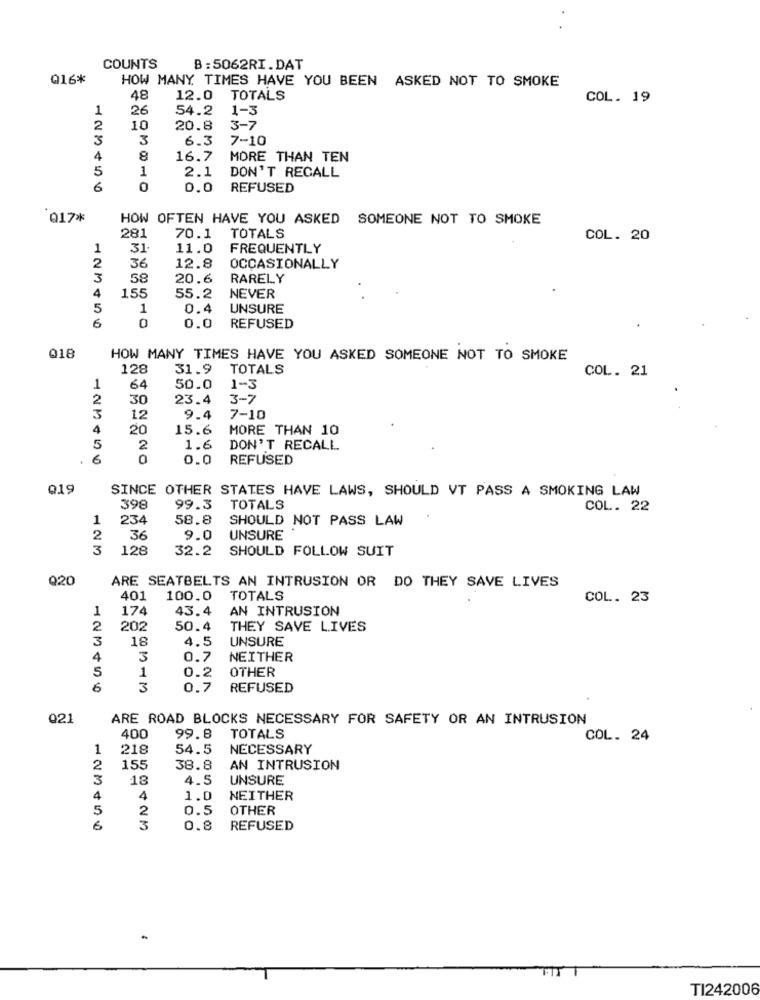
COUNTS
B: 5062RI.DAT
Q16*
HOW MANY TIMES HAVE YOU BEEN ASKED NOT TO SMOKE
48
12.0
TOTALS
COL. 19
1
26
54.2
1-3
2
10
20.8
3-7
3
3
6.3
7-10
4
8
16.7
MORE THAN TEN
5
1
2.1
DON'T RECALL
6
0
0.0
REFUSED
017*
HOW OFTEN HAVE YOU ASKED SOMEONE NOT TO SMOKE
281
70.1
TOTALS
COL. 20
1
31
11.0
FREQUENTLY
2
36
12.8
OCCASIONALLY
3
58
20.6
RARELY
155
4
55.2
NEVER
5
1
0.4
UNSURE
6
0
0.0
REFUSED
Q18
HOW MANY TIMES HAVE YOU ASKED SOMEONE NOT TO SMOKE
128
31.9
TOTALS
COL. 21
1
64
50.0
1-3
2
30
23.4
3-7
3
12
9.4
7-10
4
20
15.6
MORE THAN 10
5
2
1.6
DON'T RECALL
.
6
0
0.0
REFUSED
019
SINCE OTHER STATES HAVE LAWS, SHOULD VT PASS A SMOKING LAW
398
99.3
TOTALS
COL. 22
1
234
58.8
SHOULD NOT PASS LAW
2
36
9.0
UNSURE
3
128
32.2
SHOULD FOLLOW SUIT
920
ARE SEATBELTS AN INTRUSION OR DO THEY SAVE LIVES
401
100.0
TOTALS
COL. 23
1
174
43.4
AN INTRUSION
2
202
50.4
THEY SAVE LIVES
3
18
4.5
UNSURE
4
3
0.7
NEITHER
5
1
0.2
OTHER
6
3
0.7
REFUSED
021
ARE ROAD BLOCKS NECESSARY FOR SAFETY OR AN INTRUSION
400
99.8
TOTALS
COL. 24
1
218
54.5
NECESSARY
2
155
38.8
AN INTRUSION
3
18
4.5
UNSURE
4
4
1.0
NEITHER
5
2
0.5
OTHER
6
3
0.8
REFUSED
TI242006